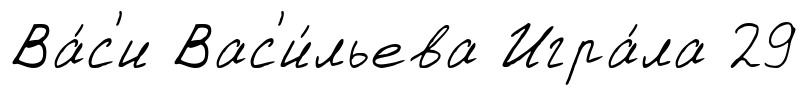
Ва́с'и Вас'и́льева Игра́ла 29